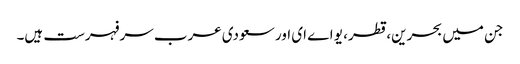
جن میں بحرین، قطر، یو اے ای اور سعودی عرب سرفہرست ہیں۔